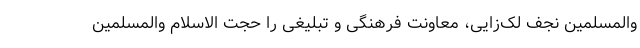
والمسلمین نجف لک‌زایی، معاونت فرهنگی و تبلیغی را حجت الاسلام والمسلمین